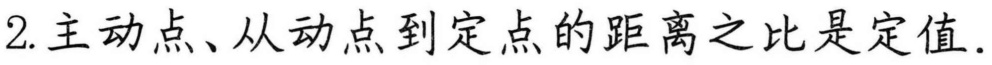
2.主动点、从动点到定点的距离之比是定值.